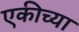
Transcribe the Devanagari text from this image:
एकीच्या